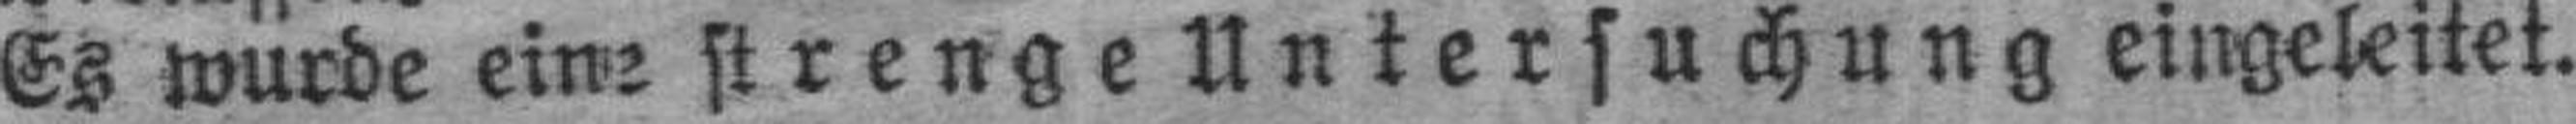
Es wurde eine strenge Untersuchung eingeleitet.